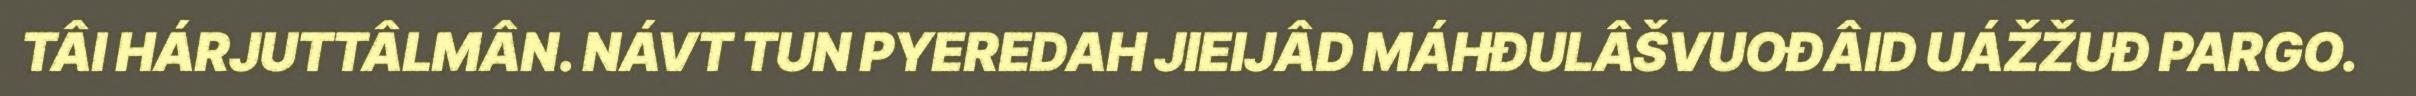
TÂI HÁRJUTTÂLMÂN. NÁVT TUN PYEREDAH JIEIJÂD MÁHĐULÂŠVUOĐÂID UÁŽŽUĐ PARGO.